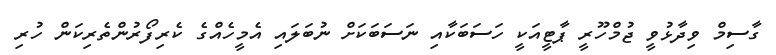
ގާސިމް ވިދާޅުވީ ޖުމްހޫރީ ޕާޓީއަކީ ހަސަބަކާއި ނަސަބަކަށް ނުބަލައި އެމީހެއްގެ ކެރިފޯރުންތެރިކަން ހުރި